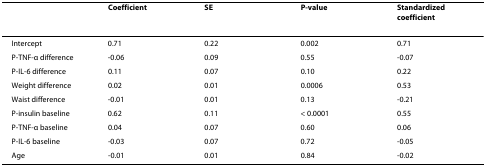
<table><thead><tr><td></td><td><b>Coefficient</b></td><td><b>SE</b></td><td><b>P-value</b></td><td><b>Standardized coefficient</b></td></tr></thead><tbody><tr><td>Intercept</td><td>0.71</td><td>0.22</td><td>0.002</td><td>0.71</td></tr><tr><td>P-TNF-α difference</td><td>-0.06</td><td>0.09</td><td>0.55</td><td>-0.07</td></tr><tr><td>P-IL-6 difference</td><td>0.11</td><td>0.07</td><td>0.10</td><td>0.22</td></tr><tr><td>Weight difference</td><td>0.02</td><td>0.01</td><td>0.0006</td><td>0.53</td></tr><tr><td>Waist difference</td><td>-0.01</td><td>0.01</td><td>0.13</td><td>-0.21</td></tr><tr><td>P-insulin baseline</td><td>0.62</td><td>0.11</td><td>&lt; 0.0001</td><td>0.55</td></tr><tr><td>P-TNF-α baseline</td><td>0.04</td><td>0.07</td><td>0.60</td><td>0.06</td></tr><tr><td>P-IL-6 baseline</td><td>-0.03</td><td>0.07</td><td>0.72</td><td>-0.05</td></tr><tr><td>Age</td><td>-0.01</td><td>0.01</td><td>0.84</td><td>-0.02</td></tr></tbody></table>